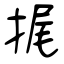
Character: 捤